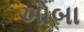
ખોબા